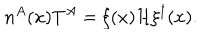
LaTeX: n ^ { A } ( x ) T ^ { A } = \xi ( x ) { \cal H } \xi ^ { \dagger } ( x ) .